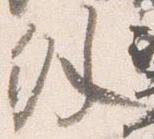
外